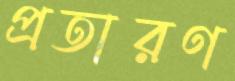
প্রতারণ